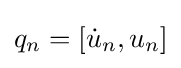
q_{n}=[{\dot {u}}_{n},u_{n}]